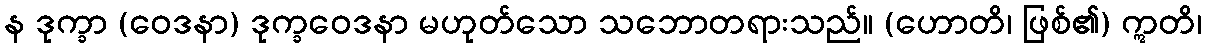
န ဒုက္ခာ (ဝေဒနာ) ဒုက္ခဝေဒနာ မဟုတ်သော သဘောတရားသည်။ (ဟောတိ၊ ဖြစ်၏) ဣတိ၊